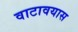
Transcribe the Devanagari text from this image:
वाटावयास